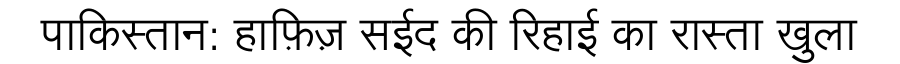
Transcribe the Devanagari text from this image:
पाकिस्तान: हाफ़िज़ सईद की रिहाई का रास्ता खुला